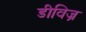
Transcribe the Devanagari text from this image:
डीविज्र